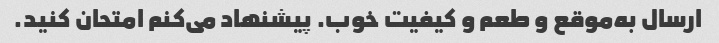
ارسال به‌موقع و طعم و کیفیت خوب. پیشنهاد می‌کنم امتحان کنید.